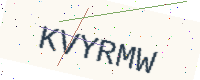
Text: KVYRMW